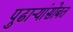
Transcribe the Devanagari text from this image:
पुढाऱ्यांसोबत